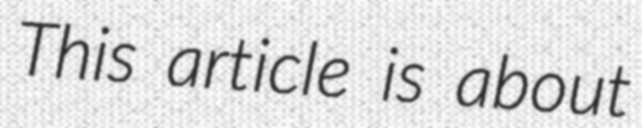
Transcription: This article is about